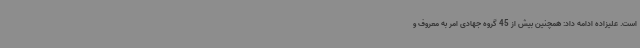
است. علیزاده ادامه داد: همچنین بیش از 45 گروه جهادی امر به معروف و